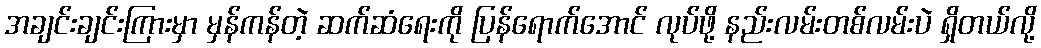
အချင်းချင်းကြားမှာ မှန်ကန်တဲ့ ဆက်ဆံရေးကို ပြန်ရောက်အောင် လုပ်ဖို့ နည်းလမ်းတစ်လမ်းပဲ ရှိတယ်လို့